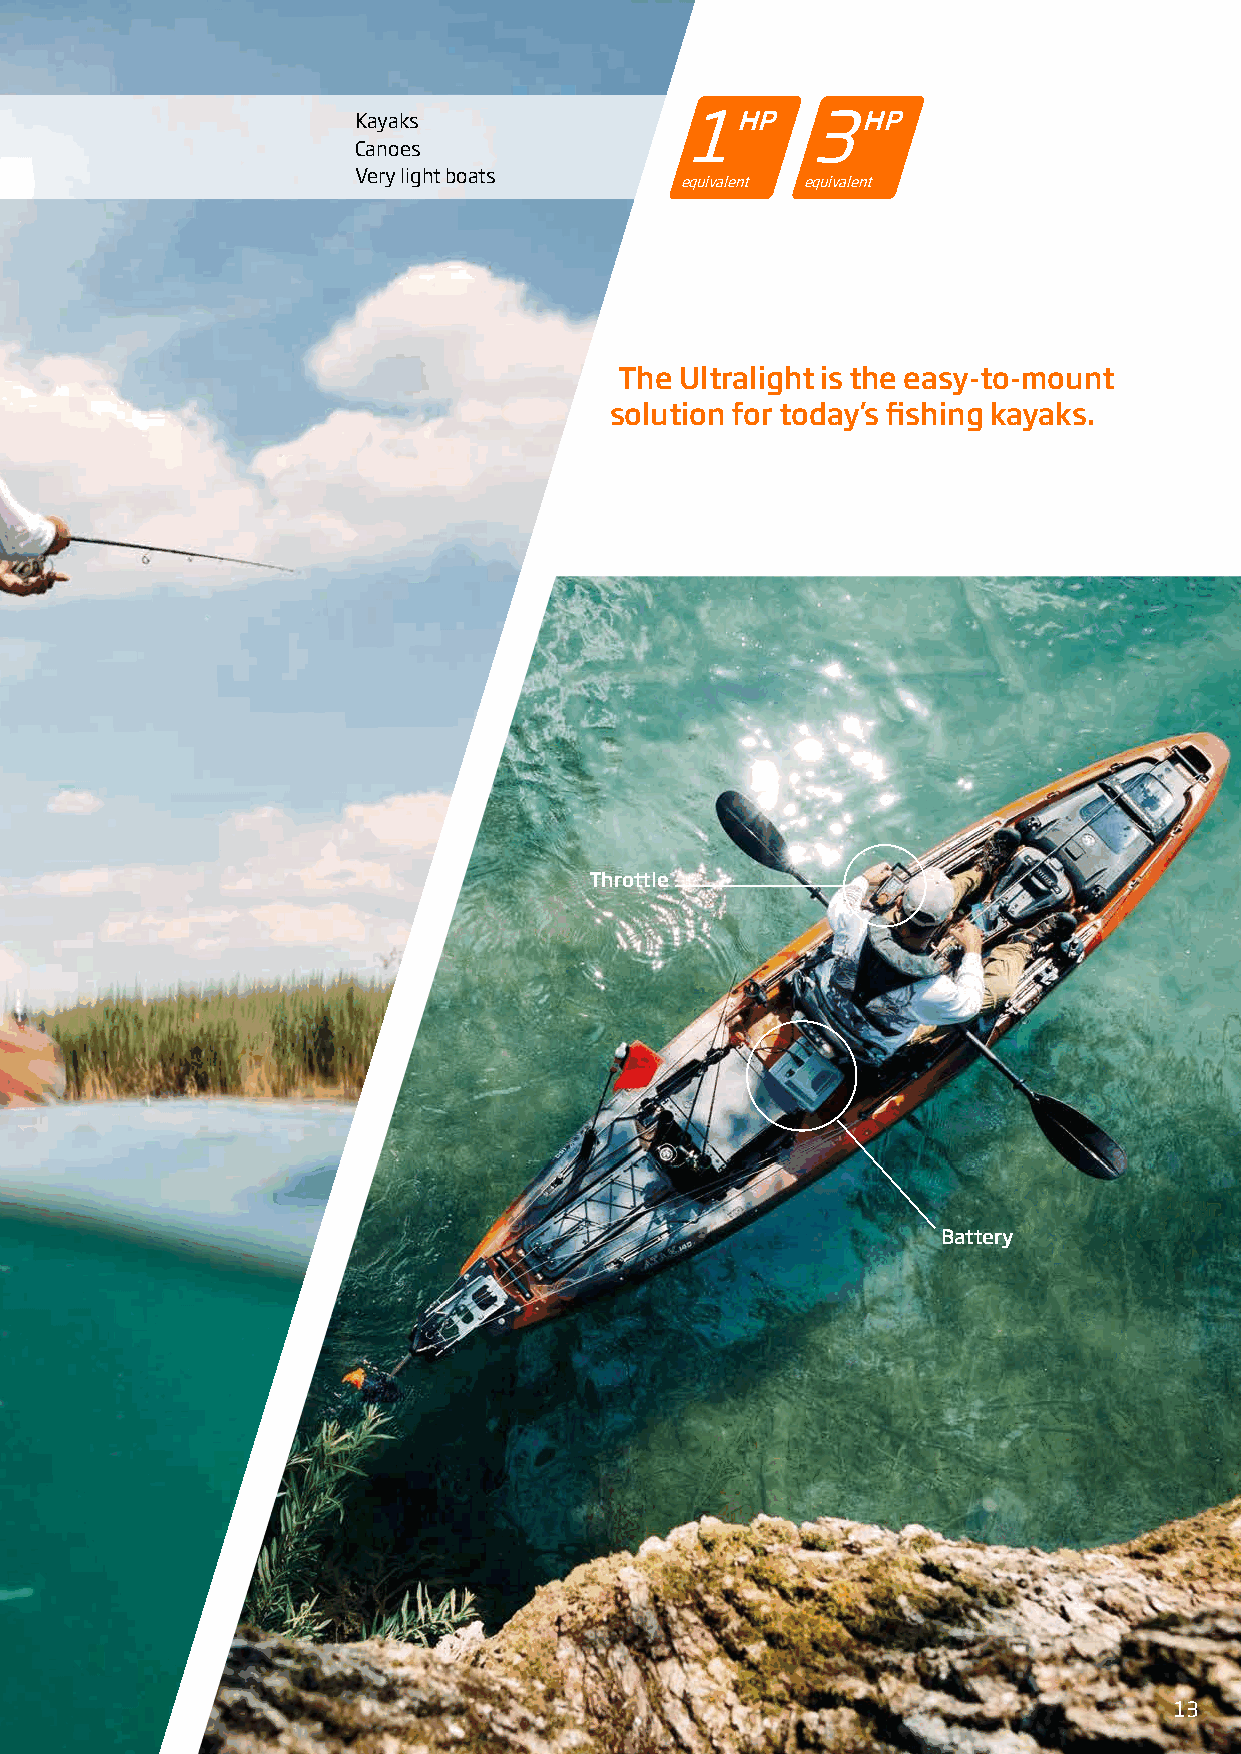
Kayaks                1HP     3HP
 Canoes
 Very light boats
 equivalent equivalent
 The Ultralight is the easy-to-mount
 solution for today’s fishing kayaks.
 Throttle
 Battery
 13